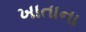
ખાતાના